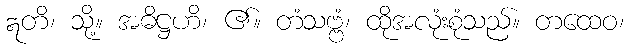
ဣတိ၊ သို့။ အဓိဋ္ဌဟိ၊ ၏။ တံသဗ္ဗံ၊ ထိုအလုံးစုံသည်။ တထေဝ၊